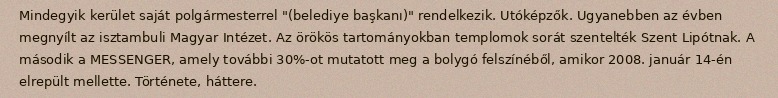
Mindegyik kerület saját polgármesterrel "(belediye başkanı)" rendelkezik. Utóképzők. Ugyanebben az évben megnyílt az isztambuli Magyar Intézet. Az örökös tartományokban templomok sorát szentelték Szent Lipótnak. A második a MESSENGER, amely további 30%-ot mutatott meg a bolygó felszínéből, amikor 2008. január 14-én elrepült mellette. Története, háttere.